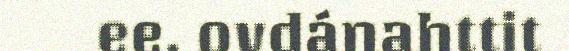
ee. ovdánahttit